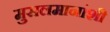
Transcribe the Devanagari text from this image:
मुसलमानांशी